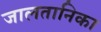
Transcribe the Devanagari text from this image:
जालतानिका